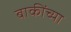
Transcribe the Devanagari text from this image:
बाकींच्या